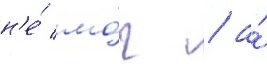
н'е́ мо́г / а́